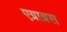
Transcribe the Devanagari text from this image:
एग्राग्रस